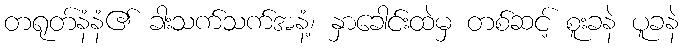
တရုတ်နံနံ၏ ခါးသက်သက်အနံ့၊ နှာခေါင်းထဲမှ တစ်ဆင့် စူးခနဲ ပူခနဲ